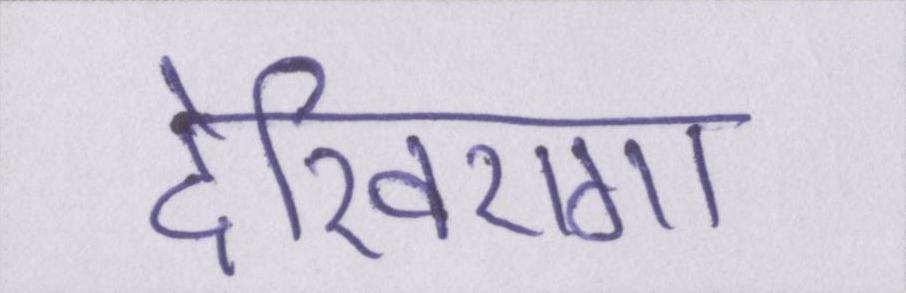
देखिएगा